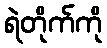
ရဲတိုက်ကို